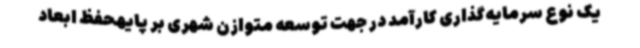
یک نوع سرمایه‌گذاری کارآمد در جهت توسعه متوازن شهری بر پایهحفظ ابعاد